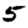
Digit: 5